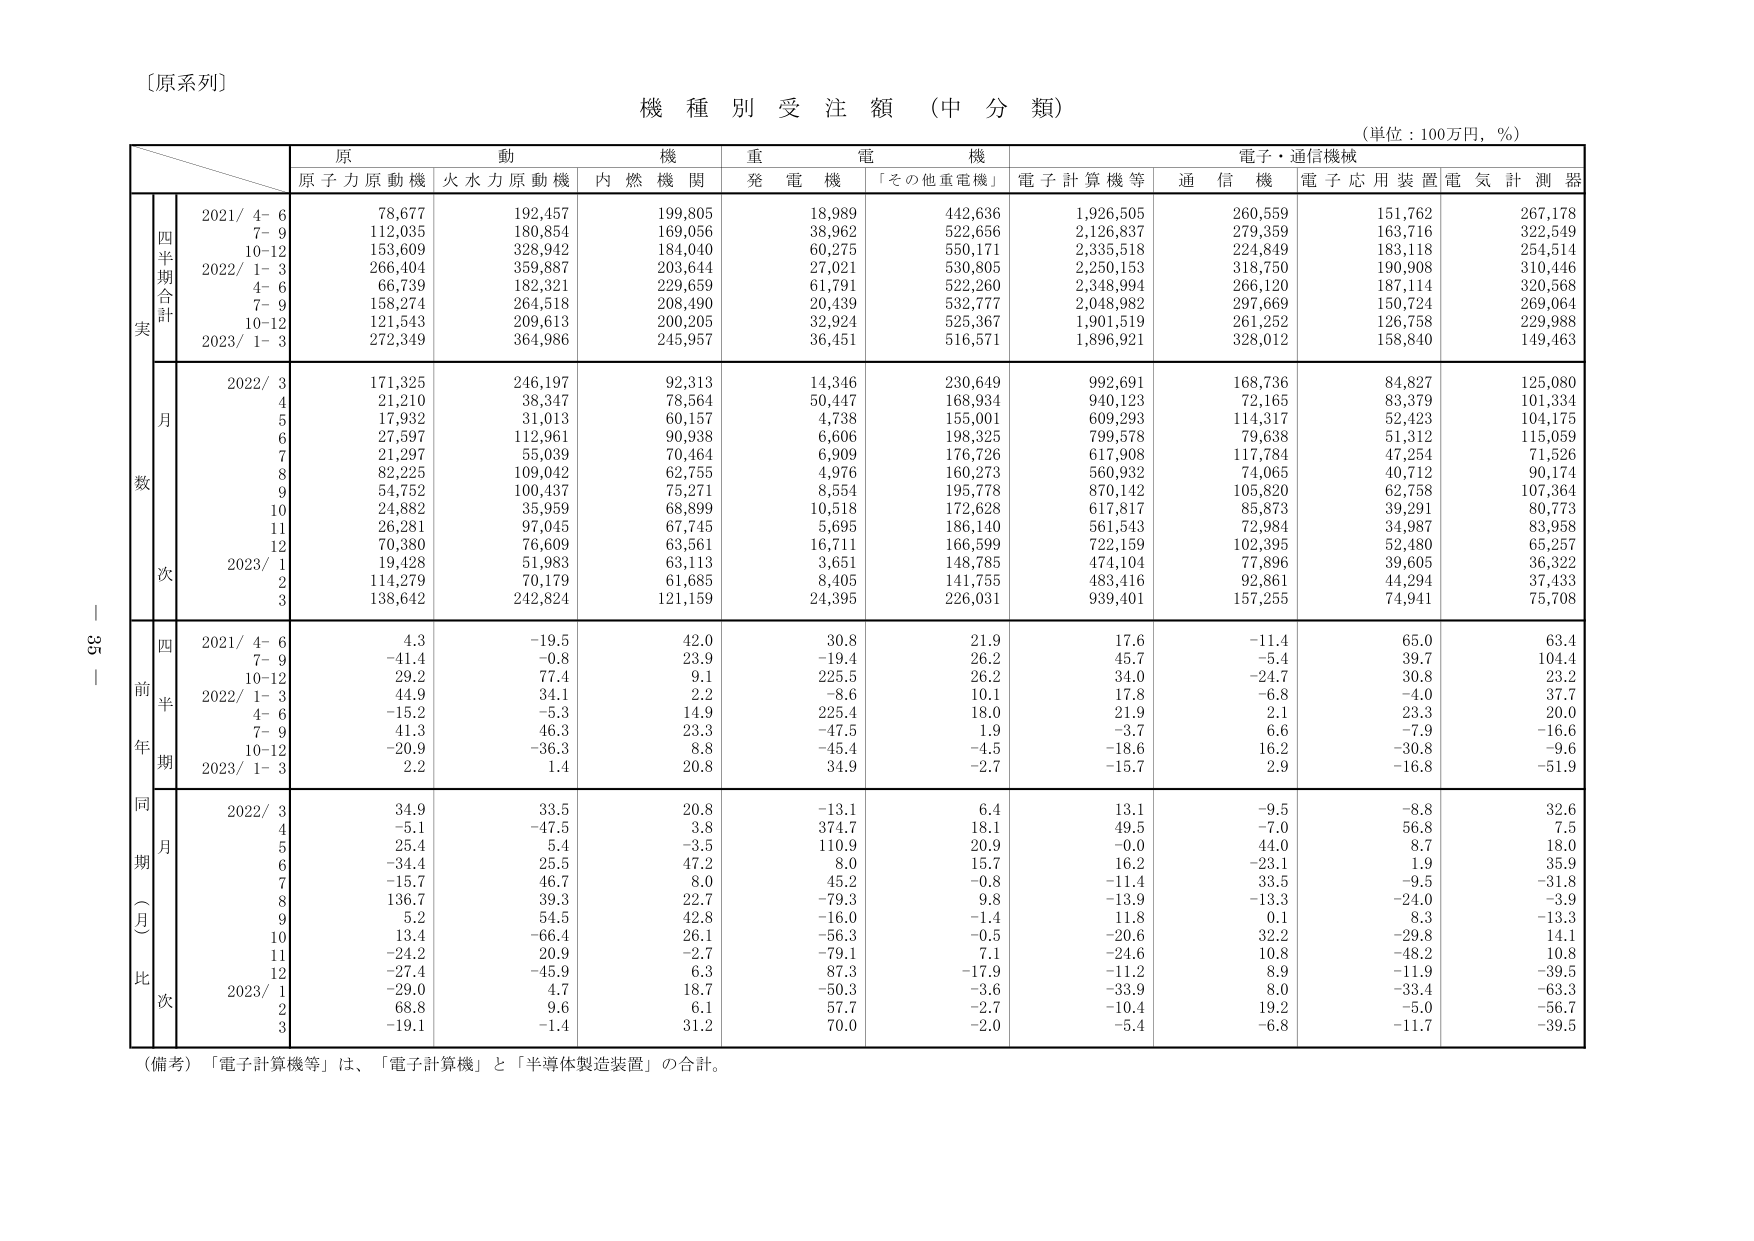
〔原系列〕

機 種 別 受 注 額 （中 分 類）
（単位：100万円，％）

原 動 機 重 電 機 電子・通信機械
原子力原動機 火水力原動機 内燃機関 発電機 「その他重電機」 電子計算機等 通信機 電子応用装置 電気計測器

四半期合計
実
2021/ 4-6 78,677 192,457 199,805 18,989 442,636 1,926,505 260,559 151,762 267,178
7-9 112,035 180,854 169,056 38,962 522,656 2,126,837 279,359 163,716 322,549
10-12 153,609 328,942 184,040 60,275 550,171 2,335,518 224,849 183,118 254,514
2022/ 1-3 266,404 359,887 203,644 27,021 530,805 2,250,153 318,750 190,908 310,446
4-6 66,739 182,321 229,659 61,791 522,260 2,348,994 266,120 187,114 320,568
7-9 158,274 264,518 208,490 20,439 532,777 2,048,982 297,669 150,724 269,064
10-12 121,543 209,613 200,205 32,924 525,367 1,901,519 261,252 126,758 229,988
2023/ 1-3 272,349 364,986 245,957 36,451 516,571 1,896,921 328,012 158,840 149,463

月
数
2022/ 3 171,325 246,197 92,313 14,346 230,649 992,691 168,736 84,827 125,080
4 21,210 38,347 78,564 50,447 168,934 940,123 72,165 83,379 101,334
5 17,932 31,013 60,157 4,738 155,001 609,293 114,317 52,423 104,175
6 27,597 112,961 90,938 6,606 198,325 799,578 79,638 51,312 115,059
7 21,297 55,039 70,464 6,909 176,726 617,908 117,784 47,254 71,526
8 82,225 109,042 62,755 4,976 160,273 560,932 74,065 40,712 90,174
9 54,752 100,437 75,271 8,554 195,778 870,142 105,820 62,758 107,364
10 24,882 35,959 68,899 10,518 172,628 617,817 85,873 39,291 80,773
11 26,281 97,045 67,745 5,695 186,140 561,543 72,984 34,987 83,958
12 70,380 76,609 63,561 16,711 166,599 722,159 102,395 52,480 65,257
2023/ 1 19,428 51,983 63,113 3,651 148,785 474,104 77,896 39,605 36,322
2 114,279 70,179 61,685 8,405 141,755 483,416 92,861 44,294 37,433
3 138,642 242,824 121,159 24,395 226,031 939,401 157,255 74,941 75,708

四
前
半
年
期
2021/ 4-6 4.3 -19.5 42.0 30.8 21.9 17.6 -11.4 65.0 63.4
7-9 -41.4 -0.8 23.9 -19.4 26.2 45.7 -5.4 39.7 104.4
10-12 29.2 77.4 9.1 225.5 26.2 34.0 -24.7 30.8 23.2
2022/ 1-3 44.9 34.1 2.2 -8.6 10.1 17.8 -6.8 -4.0 37.7
4-6 -15.2 -5.3 14.9 225.4 18.0 21.9 2.1 23.3 20.0
7-9 41.3 46.3 23.3 -47.5 1.9 -3.7 6.6 -7.9 -16.6
10-12 -20.9 -36.3 8.8 -45.4 -4.5 -18.6 16.2 -30.8 -9.6
2023/ 1-3 2.2 1.4 20.8 34.9 -2.7 -15.7 2.9 -16.8 -51.9

同
期
（月
比
次
2022/ 3 34.9 33.5 20.8 -13.1 6.4 13.1 -9.5 -8.8 32.6
4 -5.1 -47.5 3.8 374.7 18.1 49.5 -7.0 56.8 7.5
5 25.4 5.4 -3.5 110.9 20.9 -0.0 44.0 8.7 18.0
6 -34.4 25.5 47.2 8.0 15.7 16.2 -23.1 1.9 35.9
7 -15.7 46.7 8.0 45.2 -0.8 -11.4 33.5 -9.5 -31.8
8 136.7 39.3 22.7 -79.3 9.8 -13.9 -13.3 -24.0 -3.9
9 5.2 54.5 42.8 -16.0 -1.4 11.8 0.1 8.3 -13.3
10 13.4 -66.4 26.1 -56.3 -0.5 -20.6 32.2 -29.8 14.1
11 -24.2 20.9 -2.7 -79.1 7.1 -24.6 10.8 -48.2 10.8
12 -27.4 -45.9 6.3 87.3 -17.9 -11.2 8.9 -11.9 -39.5
2023/ 1 -29.0 4.7 18.7 -50.3 -3.6 -33.9 8.0 -33.4 -63.3
2 68.8 9.6 6.1 57.7 -2.7 -10.4 19.2 -5.0 -56.7
3 -19.1 -1.4 31.2 70.0 -2.0 -5.4 -6.8 -11.7 -39.5

（備考）「電子計算機等」は、「電子計算機」と「半導体製造装置」の合計。